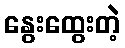
နွေးထွေးတဲ့